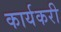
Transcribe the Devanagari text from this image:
कार्यकरी